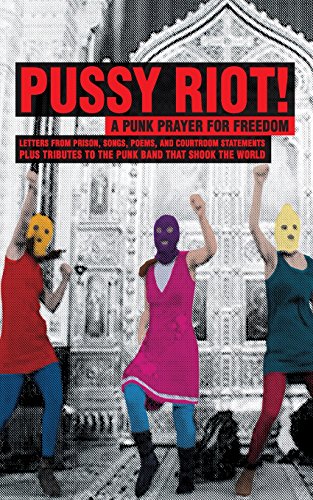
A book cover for Pussy Riot!: A Punk Prayer For Freedom; Pussy Riot; Literature & Fiction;